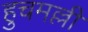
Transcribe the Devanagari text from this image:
हुचमल्ली